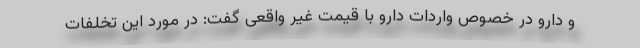
و دارو در خصوص واردات دارو با قیمت غیر واقعی گفت: در مورد این تخلفات